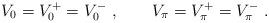
LaTeX: \begin{align*}V_{0}=V_{0}^{+}=V_{0}^{-}\ ,\qquad V_{\pi}=V_{\pi}^{+}=V_{\pi}^{-}\ .\end{align*}